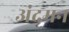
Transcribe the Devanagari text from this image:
अंदमन